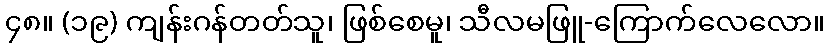
၄၈။ (၁၉) ကျန်းဂန်တတ်သူ၊ ဖြစ်စေမူ၊ သီလမဖြူ-ကြောက်လေလော။